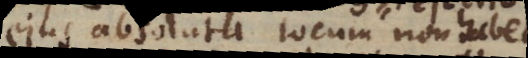
ejus absoluta locum non habet,